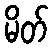
မိတ်